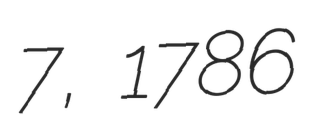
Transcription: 7, 1786